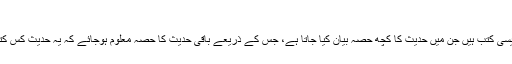
کتب الاطراف
یہ حدیث نبوی کی ایسی کتب ہیں جن میں حدیث کا کچھ حصہ بیان کیا جاتا ہے، جس کے ذریعے باقی حدیث کا حصہ معلوم ہوجائے کہ یہ حدیث کس کتاب میں موجود ہے۔